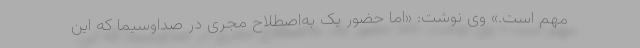
مهم است.» وی نوشت: «اما حضور یک به‌اصطلاح مجری در صداوسیما که این